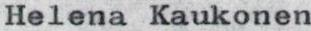
Helena Kaukonen